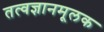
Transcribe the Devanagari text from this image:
तत्वज्ञानमूलक